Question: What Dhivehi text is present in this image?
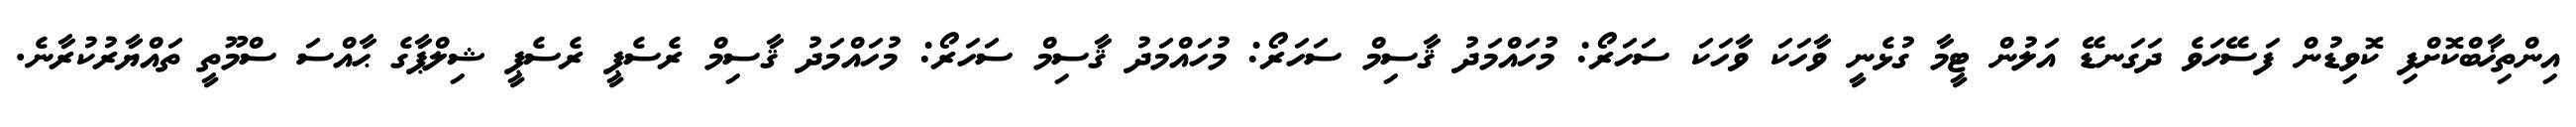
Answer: އިންތިޚާބްކޮށްފި ކޮވިޑުން ފަސޭހަވެ ދަގަނޑޭ އަލުން ޓީމާ ގުޅެނީ ވާހަކަ ވާހަކަ ސަހަރޯ: މުހައްމަދު ޤާސިމް ސަހަރޯ: މުހައްމަދު ޤާސިމް ސަހަރޯ: މުހައްމަދު ޤާސިމް ރެސެޕީ ރެސެޕީ ޝިލްޕާގެ ޙާއްސަ ސްމޫތީ ތައްޔާރުކުރާނެ.